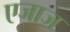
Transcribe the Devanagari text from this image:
एजाज